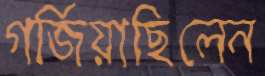
গর্জিয়াছিলেন